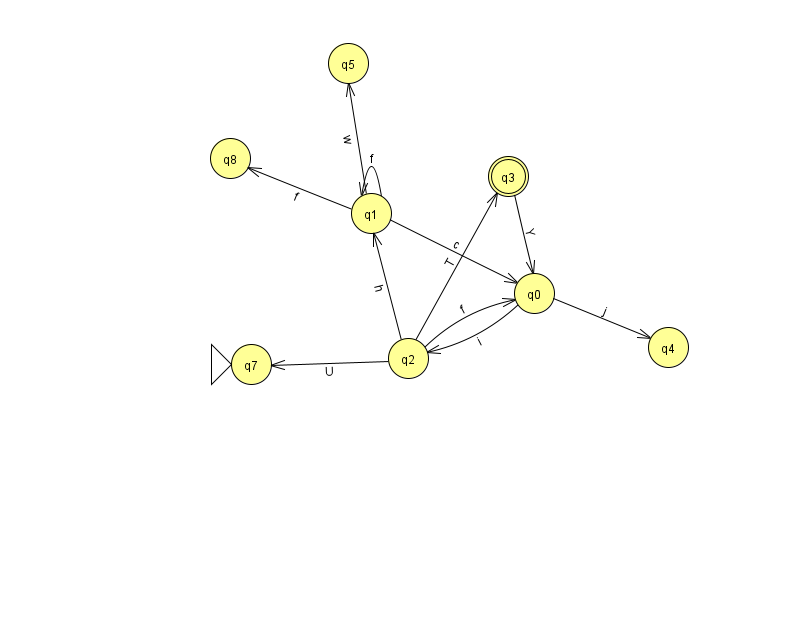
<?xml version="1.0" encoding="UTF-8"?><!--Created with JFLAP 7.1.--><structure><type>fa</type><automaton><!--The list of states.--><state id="0" name="q0"><x>534.0</x><y>280.0</y></state><state id="1" name="q1"><x>371.0</x><y>200.0</y></state><state id="2" name="q2"><x>408.0</x><y>345.0</y></state><state id="3" name="q3"><x>508.0</x><y>163.0</y><final/></state><state id="4" name="q4"><x>668.0</x><y>334.0</y></state><state id="5" name="q5"><x>348.0</x><y>50.0</y></state><state id="7" name="q7"><x>251.0</x><y>351.0</y><initial/></state><state id="8" name="q8"><x>230.0</x><y>145.0</y></state><!--The list of transitions.--><transition><from>0</from><to>2</to><read>i</read></transition><transition><from>1</from><to>5</to><read>w</read></transition><transition><from>1</from><to>8</to><read>f</read></transition><transition><from>3</from><to>0</to><read>Y</read></transition><transition><from>1</from><to>1</to><read>f</read></transition><transition><from>2</from><to>3</to><read>T</read></transition><transition><from>2</from><to>7</to><read>U</read></transition><transition><from>1</from><to>0</to><read>c</read></transition><transition><from>2</from><to>1</to><read>h</read></transition><transition><from>0</from><to>4</to><read>j</read></transition><transition><from>2</from><to>0</to><read>f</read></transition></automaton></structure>